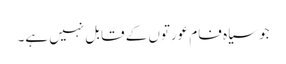
جو سیاہ فام عورتوں کے قابل نہیں ہے۔